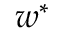
\boldsymbol { w } ^ { * }